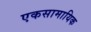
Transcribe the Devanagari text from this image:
एकसामायिक